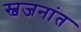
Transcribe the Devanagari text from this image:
स्वजनांत